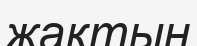
жақтың